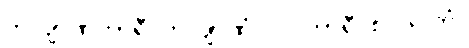
ကလျာဏကာရီ ကလျာဏံ၊ ပါပကာရီ စ ပါပကံ။